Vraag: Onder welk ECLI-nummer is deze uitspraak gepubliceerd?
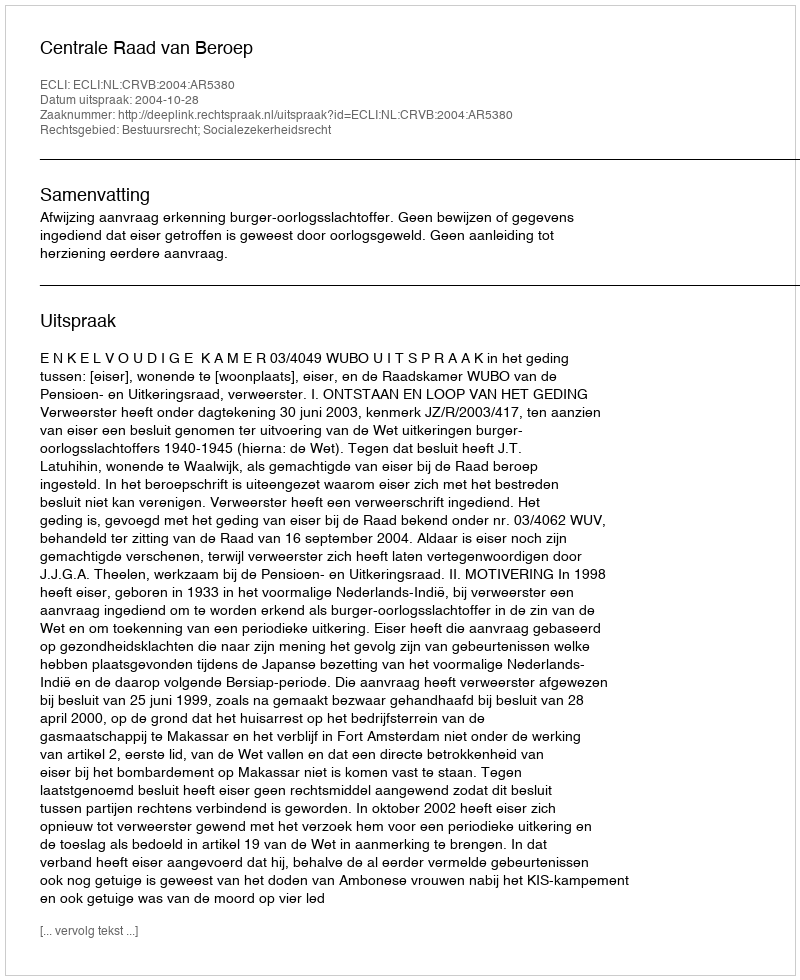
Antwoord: ECLI:NL:CRVB:2004:AR5380